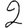
Digit: 2